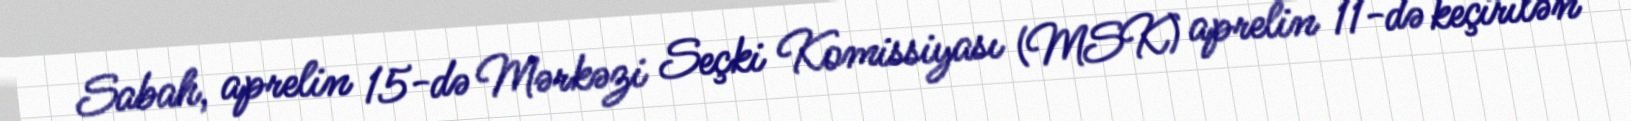
Sabah, aprelin 15-də Mərkəzi Seçki Komissiyası (MSK) aprelin 11-də keçirilən